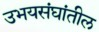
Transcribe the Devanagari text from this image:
उभयसंघांतील